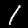
Digit: 1